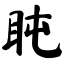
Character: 盹